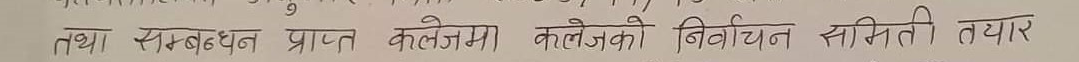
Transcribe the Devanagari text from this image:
तथा सम्वद्धत प्राप्त कलेजमा कलेजको निर्वाचन समिती तयार